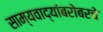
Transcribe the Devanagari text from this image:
साम्यवाद्यांबरोबरचे